Report on vaccination in Madras 1922-1929 - 1922-1929
Year: 1922
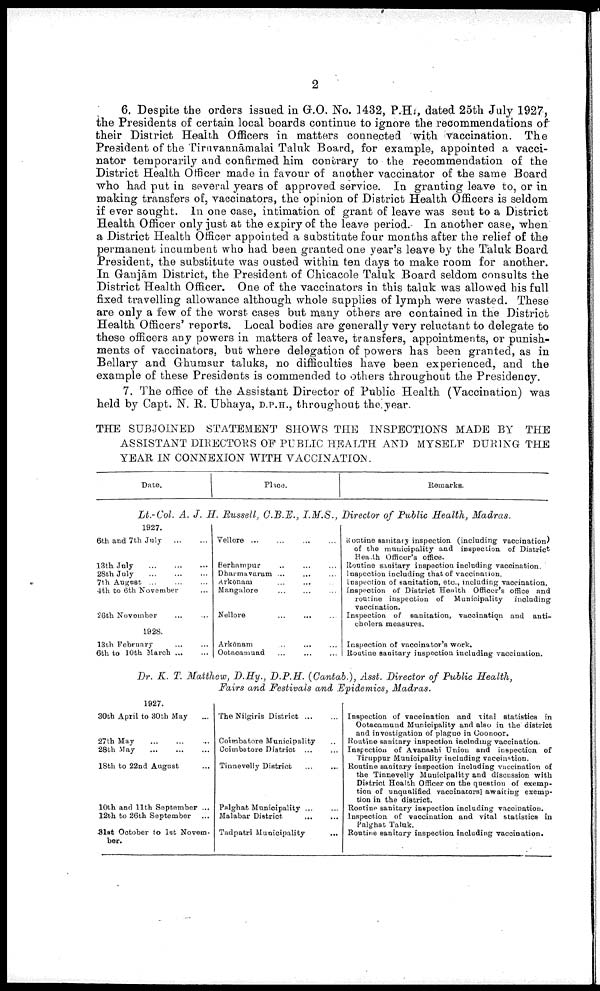
2
6. Despite the orders issued in G.O. No. 1432, P.H., dated 25th July 1927,
the Presidents of certain local boards continue to ignore the recommendations of
their District Health Officers in matters connected with vaccination. The
President of the Tiruvannāmalai Taluk Board, for example, appointed a vacci
nator temporarily and confirmed him contrary to the recommendation of the
District Health Officer made in favour of another vaccinator of the same Board
who had put in several years of approved service. In granting leave to, or in
making transfers of, vaccinators, the opinion of District Health Officers is seldom
if ever sought. In one case, intimation of grant of leave was sent to a District
Health Officer only just at the expiry of the leave period. In another case, when
a District Health Officer appointed a substitute four months after the relief of the
permanent incumbent who had been granted one year's leave by the Taluk Board
President, the substitute was ousted within ten days to make room for another.
In Ganjām District, the President of Chicacole Taluk Board seldom consults the
District Health Officer. One of the vaccinators in this taluk was allowed his full
fixed travelling allowance although whole supplies of lymph were wasted. These
are only a few of the worst cases but many others are contained in the District
Health Officers' reports. Local bodies are generally very reluctant to delegate to
these officers any powers in matters of leave, transfers, appointments, or punish
ments of vaccinators, but where delegation of powers has been granted, as in
Bellary and Ghumsur taluks, no difficulties have been experienced, and the
example of these Presidents is commended to others throughout the Presidency.
7. The office of the Assistant Director of Public Health (Vaccination) was
held by Capt. N. R. Ubhaya, D.P.H., throughout the year.
THE SUBJOINED STATEMENT SHOWS THE INSPECTIONS MADE BY THE
ASSISTANT DIRECTORS OF PUBLIC HEALTH AND MYSELF DURING THE
YEAR IN CONNEXION WITH VACCINATION.
Date.
Place.
Remarks.
Lt.-Col. A. J. H. Russell, C.B.E., I.M.S., Director of Public Health, Madras.
1927.
6th and 7th July
...
...
13th July
...
...
...
28th July
...
...
...
7th August
...
...
...
4th to 6th November ...
26th November ... ...
1928.
13th February
...
...
6th to 10th March
...
...
Vellore
Berhampur
Dharmavaram ...
Arkōnam
Mangalore
Nellore
Arkōnam
Ootacamund
Pontine sanitary inspection (including vaccination)
of the municipality and inspection of District
Health Officer's office.
Routine sanitary inspection including vaccination.
Inspection including that of vaccination.
Inspection of sanitation, etc., including vaccination.
Inspection of District Health Officer's office and
routine inspection of Municipality
including
vaccination.
Inspection of sanitation, vaccination and anti-
cholera measures.
Inspection of vaccinator's work.
Routine sanitary inspection including vaccination.
Dr. K. T. Matthew, B.Hy., D.P.H. (Cantab.), Asst. Director of Public Health,
Fairs and Festivals and Epidemics, Madras.
1927.
30th April to 30th May ...
27th May
...
...
...
28th May
...
...
...
18th to 22nd August ...
10th and 11th September ...
12th to 26th September ...
31st October to 1st Novem
ber.
The Nilgiris District
...
...
Coimbatore Municipality ...
Coimbatore District ... ...
Tinnevelly District ... ...
Palghat Municipality ... ...
Malabar District
... ...
Tadpatri Municipality
...
Inspection of vaccination and vital statistics in
Ootacamund Municipality and also in the district
and investigation of plague in Coonoor.
Routine sanitary inspection including vaccination.
Inspection of Avanashi Union and inspection of
Tiruppur Municipality including vaccination.
Routine sanitary inspection including vaccination of
the Tinnevelly Municipality and discussion with
District Health Officer on the question of exemp
tion of unqualified vaccinators awaiting exemp
tion in the district.
Routine sanitary inspection including vaccination.
Inspection of vaccination and vital statistics in
Palghat Taluk.
Routine sanitary inspection including vaccination.